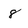
Character: 8